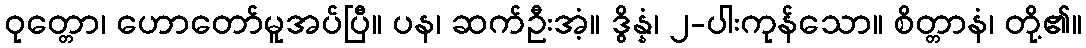
ဝုတ္တော၊ ဟောတော်မူအပ်ပြီ။ ပန၊ ဆက်ဦးအံ့။ ဒွိန္နံ၊ ၂-ပါးကုန်သော။ စိတ္တာနံ၊ တို့၏။